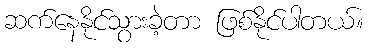
ဆက်နေနိုင်သွားခဲ့တာ ဖြစ်နိုင်ပါတယ်။